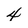
Character: 4